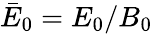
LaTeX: \bar{E}_{0}=E_{0}/B_{0}